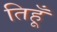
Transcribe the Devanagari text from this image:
तिहूँ